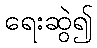
ရေးဆွဲ၍